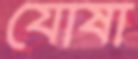
যোষা